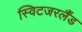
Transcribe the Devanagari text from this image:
स्विटजरर्लैंड